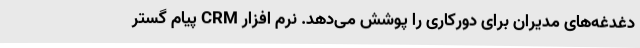
دغدغه‌های مدیران برای دورکاری را پوشش می‌دهد. نرم افزار CRM پیام گستر